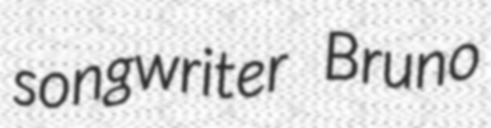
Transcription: songwriter Bruno